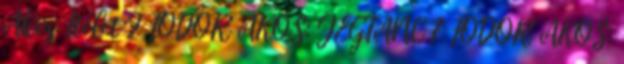
Ákos: Ítélet 2 FODOR ÁKOS: JÉGTÁNC 7 FODOR ÁKOS: